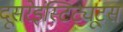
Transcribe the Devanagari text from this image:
दूसरेइंस्टिट्यूट्स